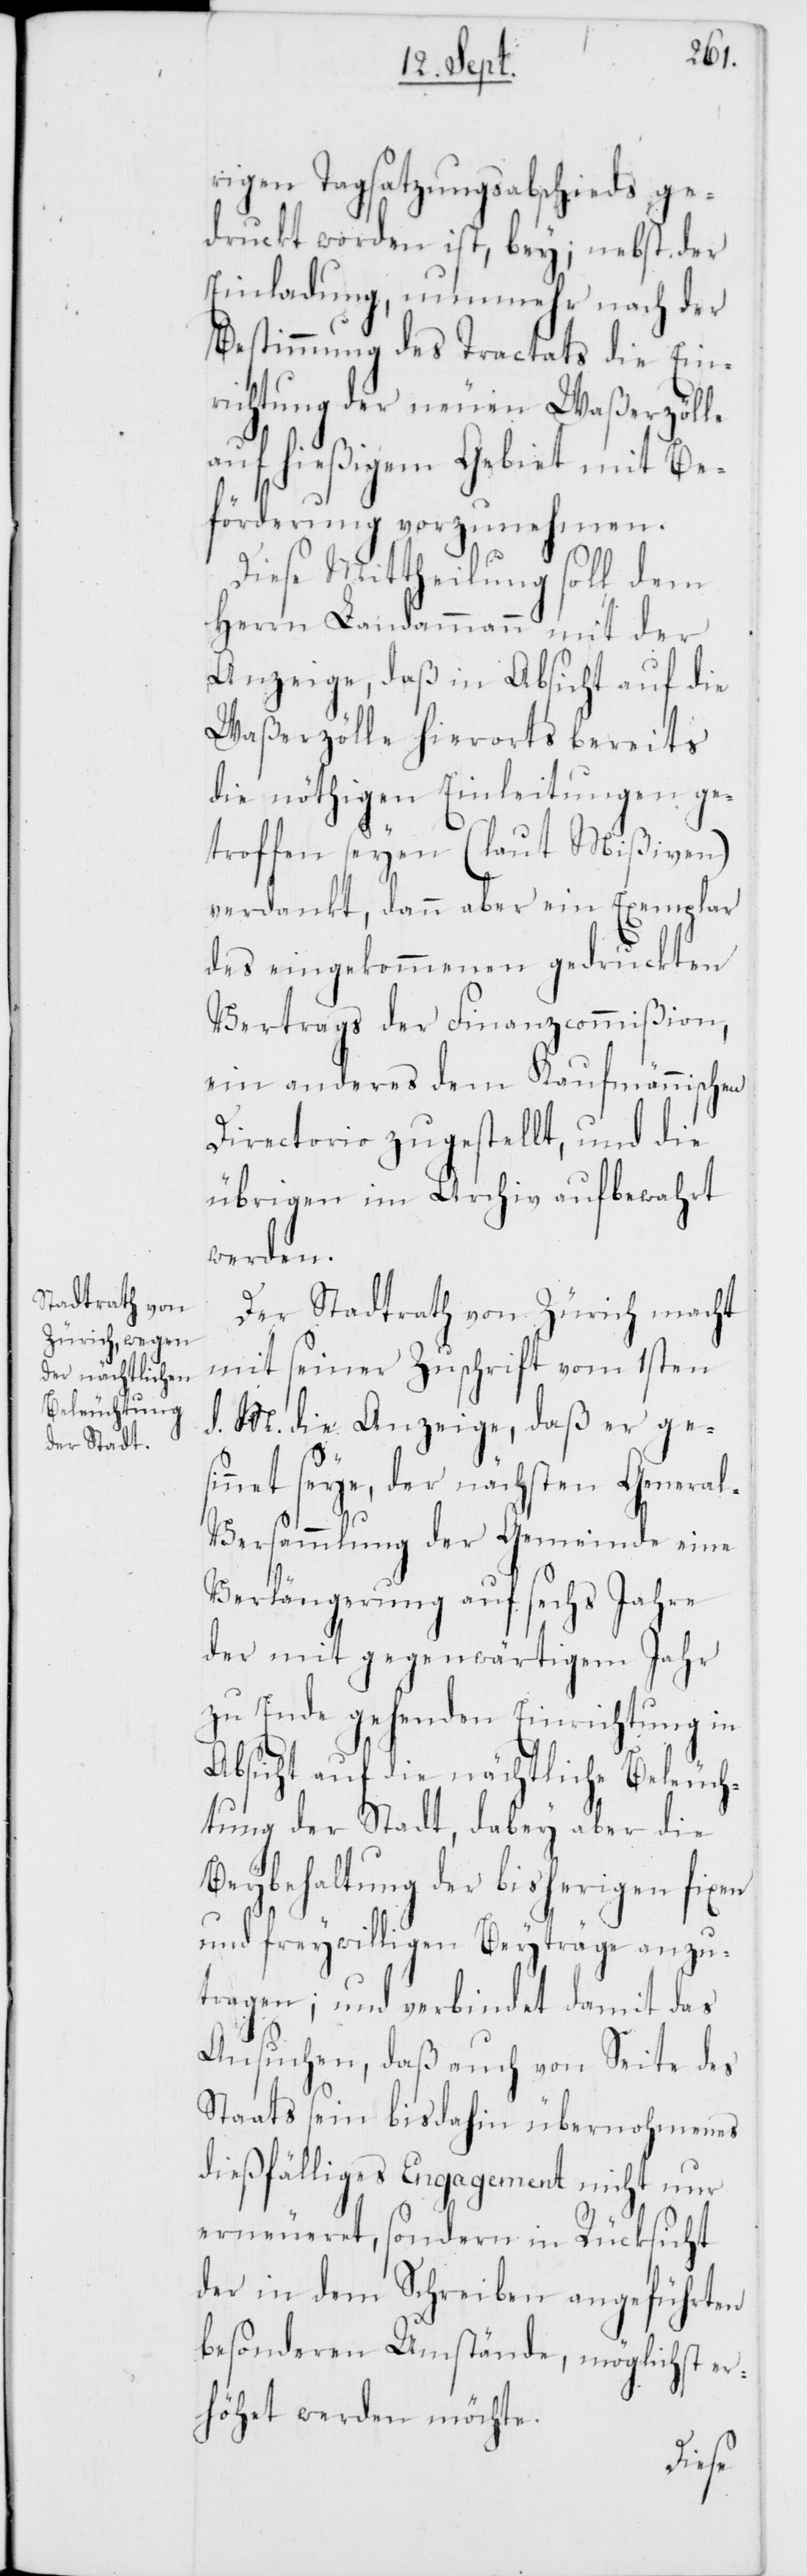
rigen Tagsatzungsabschieds ge¬
druckt worden ist, bey; nebst der
Einladung, nunmehr nach der
Bestimmung des Tractats die Ein¬
richtung der neuen Waßerzölle
auf hießigem Gebiet mit Be¬
förderung vorzunehmen.
Diese Mittheilung soll dem
Herrn Landammann mit der
Anzeige, daß in Absicht auf die
Waßerzölle hierorts bereits
die nöthigen Einleitungen ge¬
troffen seyen (laut Mißiven)
verdankt, dann aber ein Exemplar
des eingekommenen gedruckten
Vertrags der Finanzcommißion,
ein anderes dem Kaufmännischen
Directorio zugestellt, und die
übrigen im Archiv aufbewahrt
werden.
Der Stadtrath von Zürich macht
mit seiner Zuschrift vom 1sten
d. M. die Anzeige, daß er gesi¬
nnet seye, der nächsten Genera¬
l-Versammlung der Gemeinde eine
Verlängerung auf sechs Jahre
der mit gegenwärtigem Jahr
zu Ende gehenden Einrichtung in
Absicht auf die nächtliche Beleuch¬
tung der Stadt, dabey aber die
Beybehaltung der bisherigen fixen
und freywilligen Beyträge anzu¬
tragen; und verbindet damit das
Ansuchen, daß auch von Seite des
Staats sein bis dahin übernohmenes
dießfälliges Engagement nicht nur
erneueret, sondern in Rücksicht
der in dem Schreiben angeführten
besonderen Umstände, möglichst er¬
höhet werden möchte.